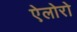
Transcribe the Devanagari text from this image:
ऐलोरो